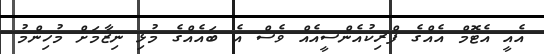
އެއީ އެޓޮމް އެއްގެ ފްރިކުއެންސީއެއް ވެސް އެ ބައެއްގެ މުޅި ނިޒާމަށް މުހިންމު